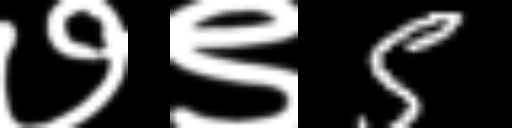
Text: ७९5